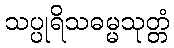
သပ္ပုရိသဓမ္မသုတ္တံ